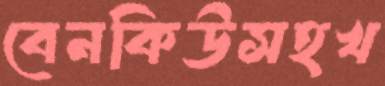
বেনকিউসহখ